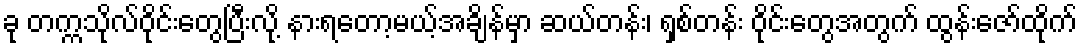
ခု တက္ကသိုလ်ဝိုင်းတွေပြီးလို့ နားရတော့မယ့်အချိန်မှာ ဆယ်တန်း၊ ရှစ်တန်း ဝိုင်းတွေအတွက် ထွန်းဇော်ထိုက်